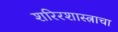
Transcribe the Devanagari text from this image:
शरिरशास्त्राचा